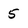
Character: 5